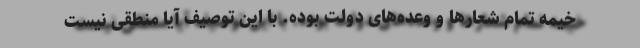
خیمه تمام شعارها و وعده‌های دولت بوده. با این توصیف آیا منطقی نیست